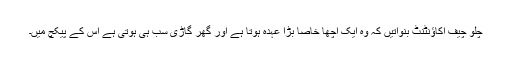
چلو چیف اکاؤنٹنٹ بنواتیں کہ وہ ایک اچھا خاصا بڑا عہدہ ہوتا ہے اور گھر گاڑی سب ہی ہوتی ہے اس کے پیکچ میں۔